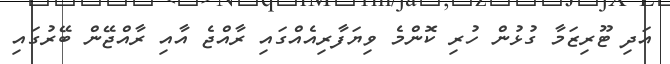
އަދި ޓޫރިޒަމާ ގުޅުން ހުރި ކޮންމެ ވިޔަފާރިއެއްގައި ރާއްޖެ އާއި ރާއްޖޭން ބޭރުގައި